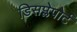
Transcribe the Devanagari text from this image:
डिसप्लेपोर्ट